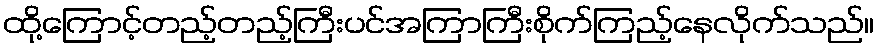
ထို့ကြောင့်တည့်တည့်ကြီးပင်အကြာကြီးစိုက်ကြည့်နေလိုက်သည်။